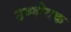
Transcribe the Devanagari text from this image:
उष्णोदक